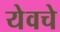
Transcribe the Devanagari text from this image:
येवचे